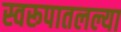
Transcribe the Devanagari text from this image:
स्वरूपातलल्या